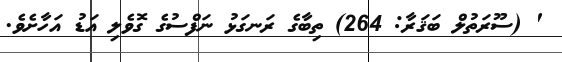
' (ސޫރަތުލް ބަޤަރާ: 264) ތިބާގެ ރަނގަޅު ނަފްސުގެ ގޮވެލި އަޑު އަހާށެވެ.